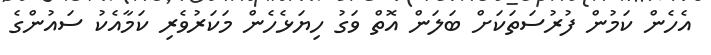
އެހެން ކަމުން ފުރުސަތަކަށް ބަލަން އޮތް ވަގު ހިޔަޅެހެން މަކަރުވެރި ކަމާއެކު ސައުންގެ